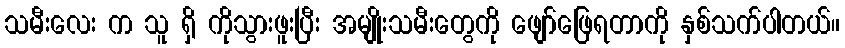
သမီးလေး က သူ ရှိ ကိုသွားဖူးပြီး အမျိုးသမီးတွေကို ဖျော်ဖြေရတာကို နှစ်သက်ပါတယ်။